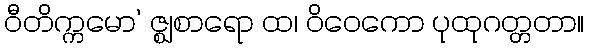
ဝီတိက္ကမော’ ဇ္ဈစာရော ထ၊ ဝိဝေကော ပုထုဂတ္တတာ။